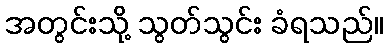
အတွင်းသို့ သွတ်သွင်း ခံရသည်။